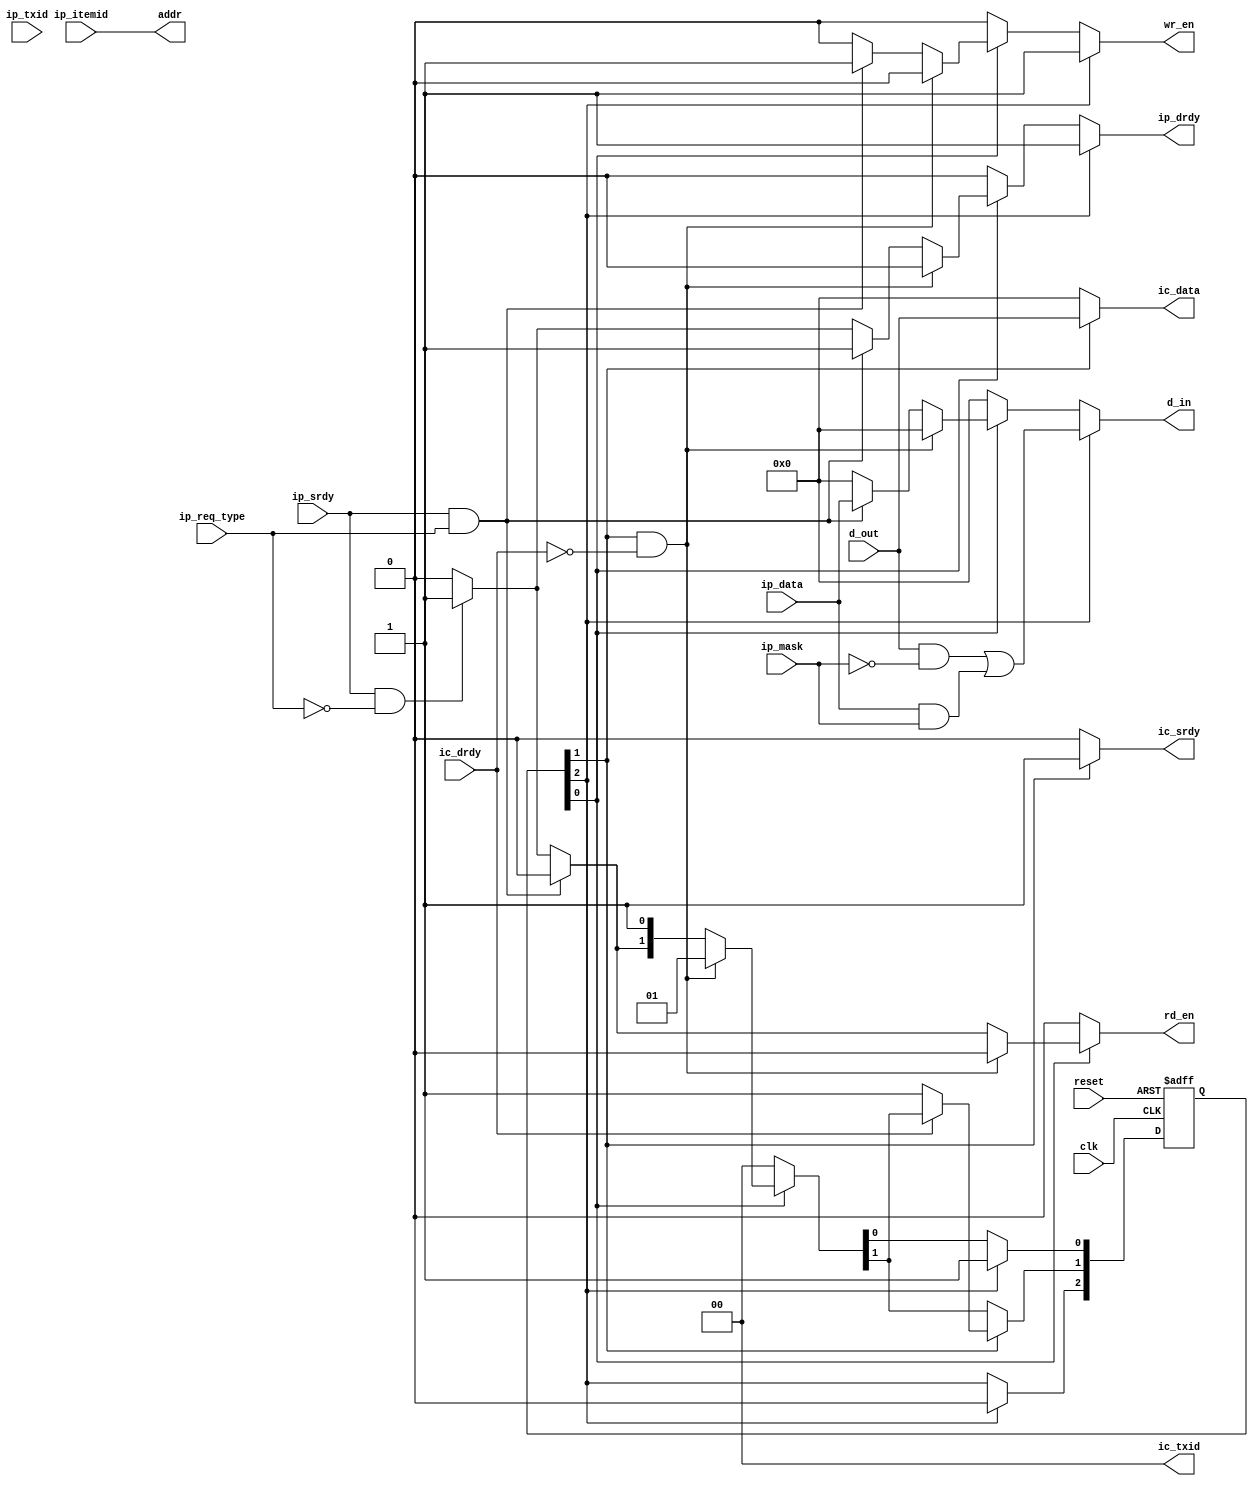
//----------------------------------------------------------------------
//  Scoreboard FSM
//
// Keeps track of data regarding N items.  Allows multiple entities
// to track data about a particular item.  Supports masked writes,
// allowing only part of a record to be updated by a particular
// transaction.
//
// If masks are enabled, 
//
// Naming convention: c = consumer, p = producer, i = internal interface
//----------------------------------------------------------------------
//
// This block is uncopyrighted and released into the public domain.
//----------------------------------------------------------------------

// Clocking statement for synchronous blocks.  Default is for
// posedge clocking and positive async reset
`ifndef SDLIB_CLOCKING 
 `define SDLIB_CLOCKING posedge clk or posedge reset
`endif

// delay unit for nonblocking assigns, default is to #1
`ifndef SDLIB_DELAY 
 `define SDLIB_DELAY #1 
`endif

module sd_scoreboard_fsm
  #(parameter width=8,
    parameter items=64,
    parameter use_txid=0,
    parameter use_mask=0,
    parameter txid_sz=2,
    parameter asz=6)  //log2(items))
  (input      clk,
   input      reset,

   input      ip_srdy,
   output reg     ip_drdy,
   input      ip_req_type, // 0=read, 1=write
   input [txid_sz-1:0] ip_txid,
   input [width-1:0] ip_mask,
   input [width-1:0] ip_data,
   input [asz-1:0]   ip_itemid,

   output reg     ic_srdy,
   input      ic_drdy,
   output reg [txid_sz-1:0] ic_txid,
   output reg [width-1:0]   ic_data,

   input [width-1:0]    d_out,
   output reg               wr_en,
   output reg               rd_en,
   output reg [width-1:0]   d_in,
   output reg [asz-1:0]     addr
   );

  localparam s_idle = 0, s_read = 1, s_rdmod = 2;
  
  reg [2:0]                 state, nxt_state;
  reg [txid_sz-1:0]         txid, nxt_txid;

  always @*
    begin
      ip_drdy = 0;
      ic_srdy = 0;
      ic_data = 0;
      wr_en = 0;
      rd_en = 0;
      d_in = 0;
      addr = ip_itemid;
      nxt_state = state;
      nxt_txid  = txid;
      if (use_txid)
        ic_txid = txid;
      else
        ic_txid = 0;

      nxt_state[s_read] = 0;
      
      if (state[s_idle])
        begin
	  if (state[s_read] & !ic_drdy)
	    begin
	      // output is busy, stall
	    end
          else if (ip_srdy & (ip_req_type==1))
            begin
              if ((use_mask==0) | (ip_mask=={width{1'b1}}))
                begin
                  ip_drdy = 1;
                  wr_en   = 1;
                  d_in    = ip_data;
                end
              else
                begin
                  rd_en = 1;
                  nxt_state[s_rdmod] = 1;
                  nxt_state[s_idle]  = 0;
                end
            end
          else if (ip_srdy & (ip_req_type==0))
            begin
              rd_en = 1;
              nxt_state[s_read] = 1;
              nxt_txid  = ip_txid;
              ip_drdy   = 1;
            end
        end // case: s_idle

      if (state[s_read])
        begin
          ic_srdy = 1;
          ic_data = d_out;
          if (!ic_drdy)
            begin
              nxt_state[s_read] = 1;
              //nxt_state[s_idle] = 1;
            end
        end // case: state[s_read]

      if (state[s_rdmod])
        begin
          ip_drdy = 1;
          d_in = (d_out & ~ip_mask) | (ip_data & ip_mask);
          wr_en   = 1;

          nxt_state[s_rdmod] = 0;
          nxt_state[s_idle]  = 1;
        end
    end // always @ *


  always @(`SDLIB_CLOCKING)
    begin
      if (reset)
        begin
          state <= `SDLIB_DELAY 1;
        end
      else
        begin
          state <= `SDLIB_DELAY nxt_state;
        end
    end // always @ (`SDLIB_CLOCKING)

  generate
    if (use_txid != 0)
      begin : gen_txid_hold
        always @(`SDLIB_CLOCKING)
          begin
            if (reset)
              begin
                txid  <= `SDLIB_DELAY 0;
              end
            else
              begin
                txid  <= `SDLIB_DELAY nxt_txid;
              end
          end // always @ (`SDLIB_CLOCKING)
      end // block: gen_txid_hold
  endgenerate

endmodule // sd_scoreboard_fsm